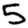
Digit: 5